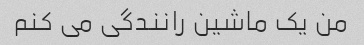
من یک ماشین رانندگی می کنم